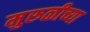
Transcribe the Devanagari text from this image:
मुरुळीच्या